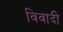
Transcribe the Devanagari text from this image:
विवादी